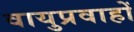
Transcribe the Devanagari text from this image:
वायुप्रवाहों